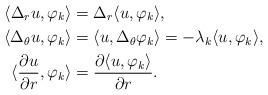
LaTeX: \begin{align*}\langle \Delta_r u, \varphi_k \rangle &= \Delta_r \langle u, \varphi_k \rangle,\\\langle \Delta_\theta u, \varphi_k \rangle &= \langle u, \Delta_\theta \varphi_k \rangle = -\lambda_k \langle u, \varphi_k \rangle,\\\langle \frac{\partial u}{\partial r}, \varphi _k \rangle &= \frac{\partial \langle u, \varphi_k \rangle}{\partial r}.\end{align*}